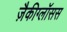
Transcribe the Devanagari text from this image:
ज़ैकीग्लॉसस